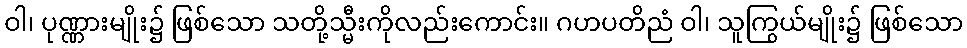
ဝါ၊ ပုဏ္ဏားမျိုး၌ ဖြစ်သော သတို့သ္မီးကိုလည်းကောင်း။ ဂဟပတိညံ ဝါ၊ သူကြွယ်မျိုး၌ ဖြစ်သော